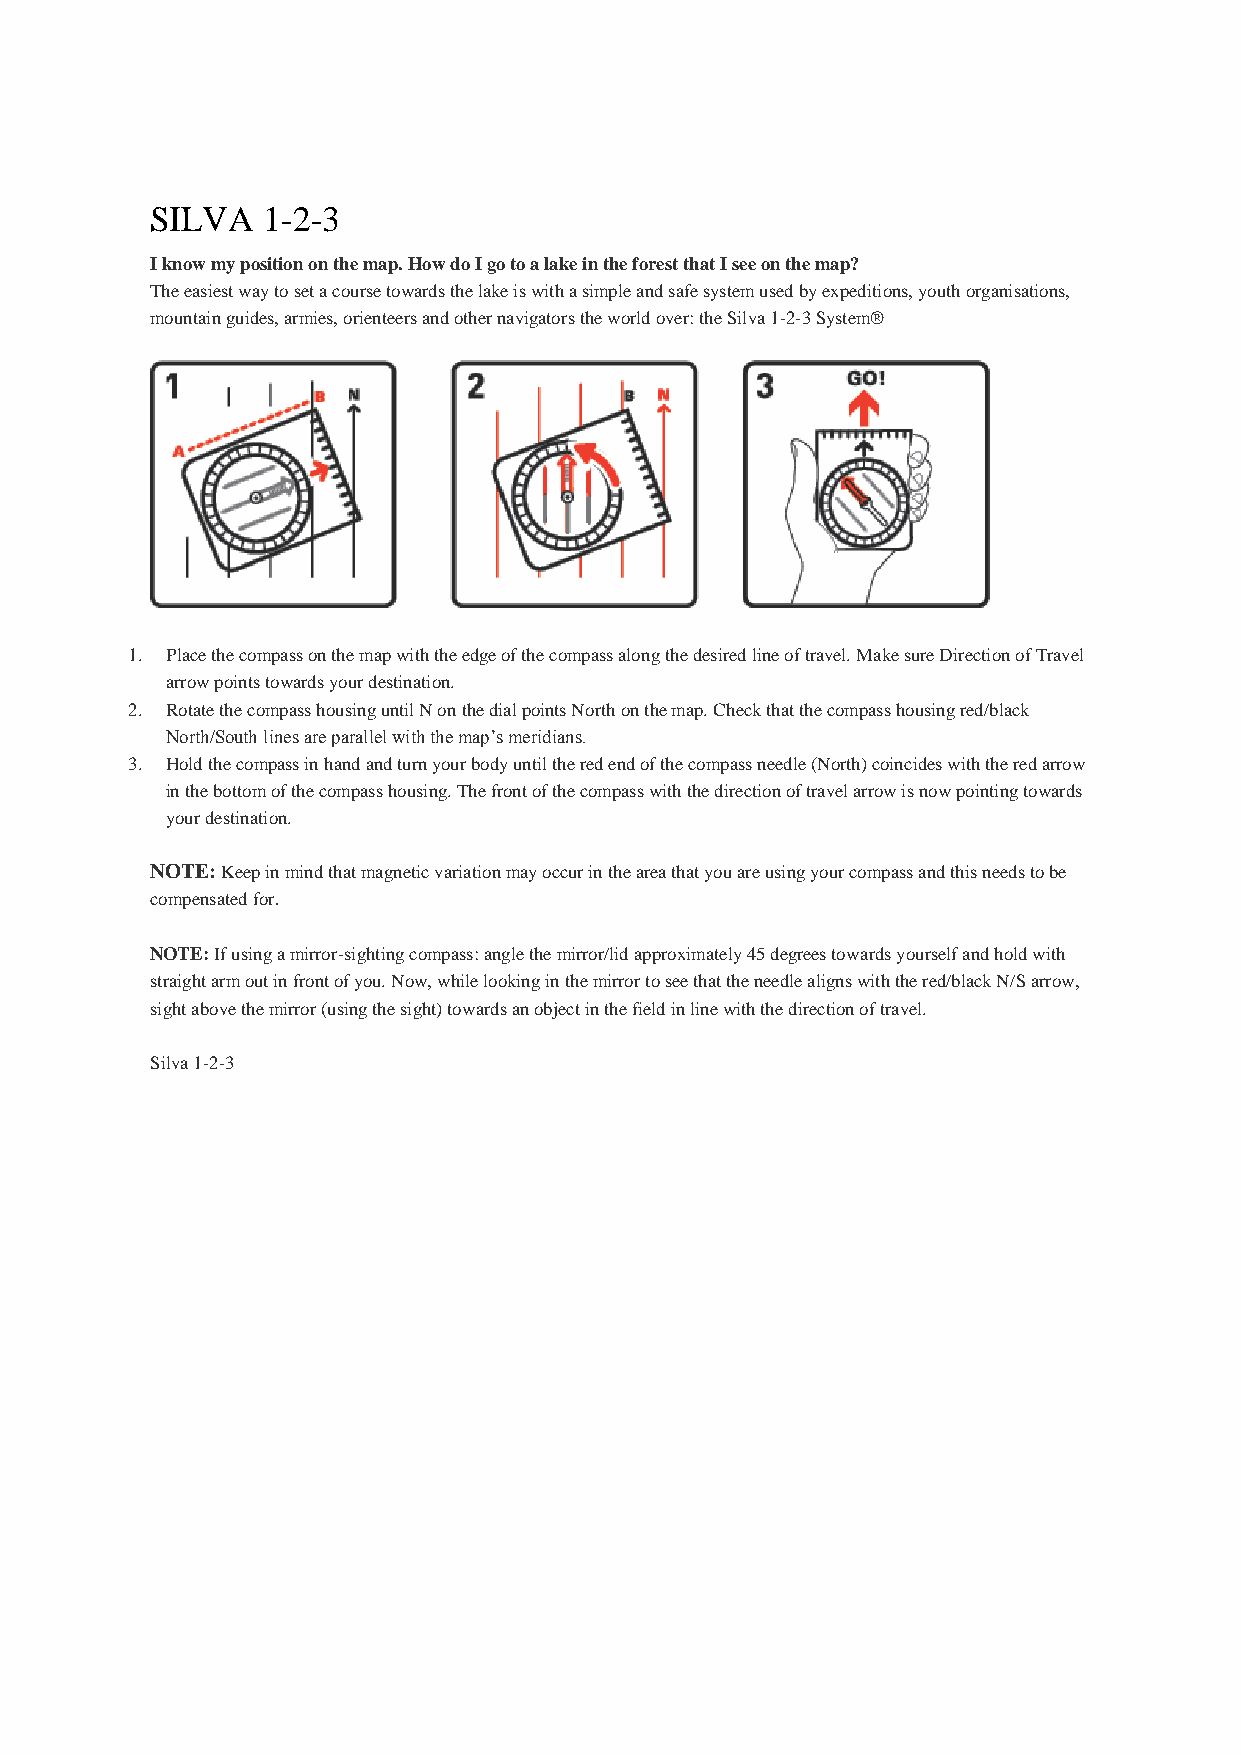
SILVA  1-2-3
 I know my position on the map. How do I go to a lake in the forest that I see on the map?
 The easiest way to set a course towards the lake is with a simple and safe system used by expeditions, youth organisations,
 mountain guides, armies, orienteers and other navigators the world over: the Silva 1-2-3 System®
 1. Place the compass on the map with the edge of the compass along the desired line of travel. Make sure Direction of Travel
 arrow points towards your destination.
 2. Rotate the compass housing until N on the dial points North on the map. Check that the compass housing red/black
 North/South lines are parallel with the map’s meridians.
 3. Hold the compass in hand and turn your body until the red end of the compass needle (North) coincides with the red arrow
 in the bottom of the compass housing. The front of the compass with the direction of travel arrow is now pointing towards
 your destination.
 NOTE: Keep in mind that magnetic variation may occur in the area that you are using your compass and this needs to be
 compensated for.
 NOTE: If using a mirror-sighting compass: angle the mirror/lid approximately 45 degrees towards yourself and hold with
 straight arm out in front of you. Now, while looking in the mirror to see that the needle aligns with the red/black N/S arrow,
 sight above the mirror (using the sight) towards an object in the field in line with the direction of travel.
 Silva 1-2-3